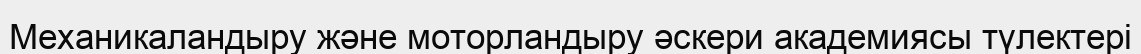
Механикаландыру және моторландыру әскери академиясы түлектері